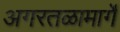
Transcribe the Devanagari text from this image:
अगरतळामार्गे